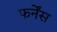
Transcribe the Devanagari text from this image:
फर्नेंस